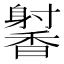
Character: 𬳢